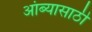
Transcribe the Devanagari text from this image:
आंब्यासाठी